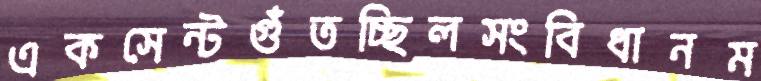
একসেন্টগুঁতচ্ছিলসংবিধানম